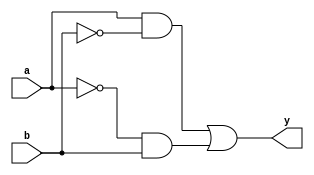
module xor_gate (
    input a,
    input b,
    output y
);

wire inv_a, inv_b;

assign inv_a = ~a;
assign inv_b = ~b;

assign y = (a & inv_b) | (inv_a & b);

endmodule